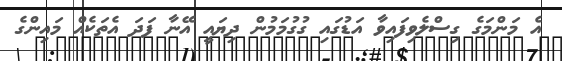
އެ މަންމަގެ ގިސްލެވިފައިވާ އަޑުގައި ގުގުމަމުން ދިޔައީ އޭނާ ފަދަ އެތަކެއް މައިންގެ